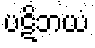
ပဋိဘယံ